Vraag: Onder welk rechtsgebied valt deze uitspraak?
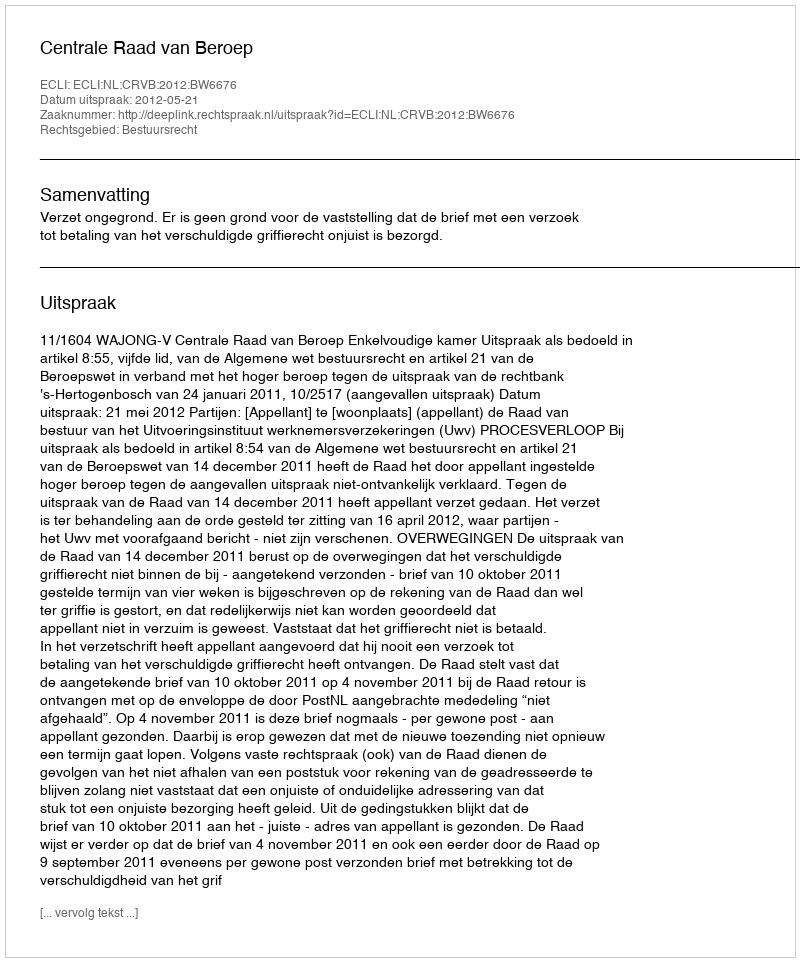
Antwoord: Bestuursrecht